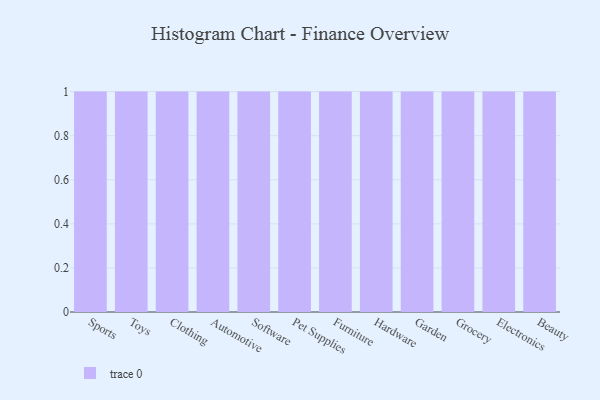
{"axis": {"x": "Category", "y": "Customer Acquisition Cost (USD)"}, "legend": [""], "data": [{"x": "Sports", "y": 57, "type": ""}, {"x": "Toys", "y": 62, "type": ""}, {"x": "Clothing", "y": 95, "type": ""}, {"x": "Automotive", "y": 80, "type": ""}, {"x": "Software", "y": 4, "type": ""}, {"x": "Pet Supplies", "y": 19, "type": ""}, {"x": "Furniture", "y": 79, "type": ""}, {"x": "Hardware", "y": 80, "type": ""}, {"x": "Garden", "y": 88, "type": ""}, {"x": "Grocery", "y": 59, "type": ""}, {"x": "Electronics", "y": 38, "type": ""}, {"x": "Beauty", "y": 52, "type": ""}]}